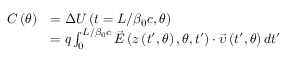
\begin{array} { r l } { C \left( \theta \right) } & { = \Delta U \left( t = L / \beta _ { 0 } c , \theta \right) } \\ & { = q \int _ { 0 } ^ { L / \beta _ { 0 } c } \vec { E } \left( z \left( { t } ^ { \prime } , \theta \right) , \theta , { t } ^ { \prime } \right) \cdot \vec { \upsilon } \left( { t } ^ { \prime } , \theta \right) d { t } ^ { \prime } } \end{array}